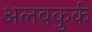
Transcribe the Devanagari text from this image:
अलबकुर्क